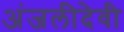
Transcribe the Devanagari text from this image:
अंजलीदेवी